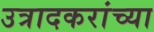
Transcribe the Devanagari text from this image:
उत्रादकरांच्या